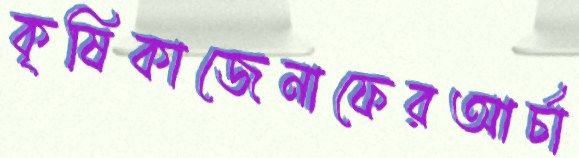
কৃষিকাজেনাফেরআর্চা